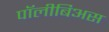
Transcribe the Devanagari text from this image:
पॉलीबिअस